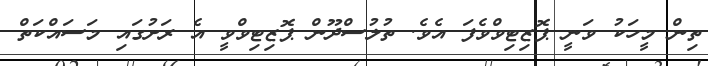
ތިން މީހަކު ވަނީ ޕޮޒިޓިވްވެފަ އެވެ. ތުލުސްދޫން ޕޮޒިޓިވްވީ އެ ރަށުގައި މަސައްކަތް